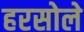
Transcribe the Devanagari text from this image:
हरसोले